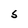
Character: S